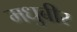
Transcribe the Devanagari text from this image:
मधुबीर